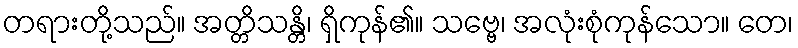
တရားတို့သည်။ အတ္တိသန္တိ၊ ရှိကုန်၏။ သဗ္ဗေ၊ အလုံးစုံကုန်သော။ တေ၊